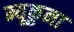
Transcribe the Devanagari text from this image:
म्यूकुना